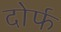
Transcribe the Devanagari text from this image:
दोर्फ